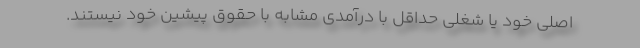
اصلی خود یا شغلی حداقل با درآمدی مشابه با حقوق پیشین خود نیستند.